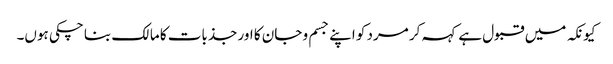
کیونکہ میں قبول ہے کہہ کر مرد کو اپنے جسم و جان کا اور جذبات کا مالک بنا چکی ہوں۔